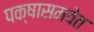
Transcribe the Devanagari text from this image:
पक्षासमवेत